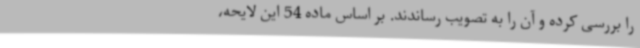
را بررسی کرده و آن را به تصویب رساندند. بر اساس ماده 54 این لایحه،